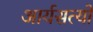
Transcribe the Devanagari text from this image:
आर्यसत्यों